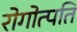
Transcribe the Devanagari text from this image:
रोगोत्पति